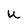
Character: U